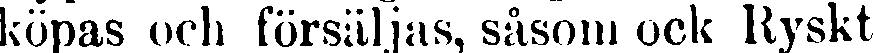
köpas och försäljas, såsom ock Ryskt